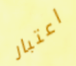
اعتبار